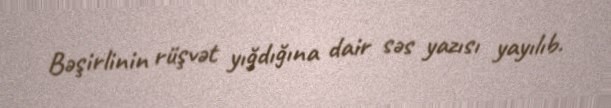
Bəşirlinin rüşvət yığdığına dair səs yazısı yayılıb.